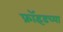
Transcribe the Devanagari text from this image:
फ्रॉइडच्या